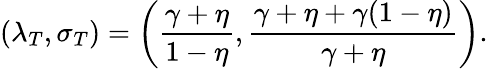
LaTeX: (\lambda_{T},\sigma_{T})=\left(\frac{\gamma+\eta}{1-\eta},\frac{\gamma+\eta+\gamma(1-\eta)}{\gamma+\eta}\right).